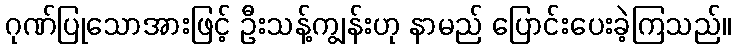
ဂုဏ်ပြုသောအားဖြင့် ဦးသန့်ကျွန်းဟု နာမည် ပြောင်းပေးခဲ့ကြသည်။